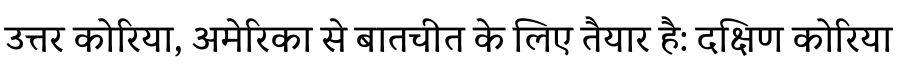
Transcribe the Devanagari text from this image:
उत्तर कोरिया, अमेरिका से बातचीत के लिए तैयार है: दक्षिण कोरिया